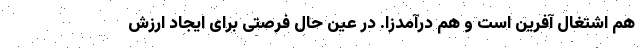
هم اشتغال آفرین است و هم درآمدزا. در عین حال فرصتی برای ایجاد ارزش